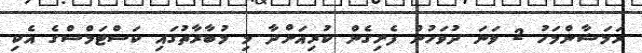
ރަމަޟާންމަހު 2 ވަނަ ދުވަހުން ފެށިގެން ކުރިއަށްދާ މި މުބާރާތުގައި ކަސްޓަމްސްގެ އެކި